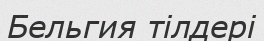
Бельгия тілдері